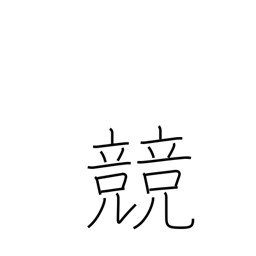
Meaning: contest